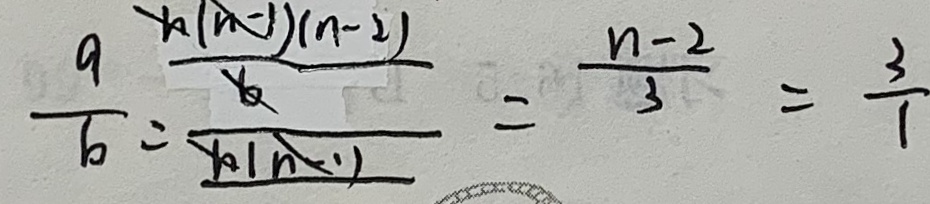
\frac { a } { b } = \frac { \frac { n ( n - 1 ) ( n - 2 ) } { b } } { n ( n - 1 ) } = \frac { n - 2 } { 3 } = \frac { 3 } { 1 }